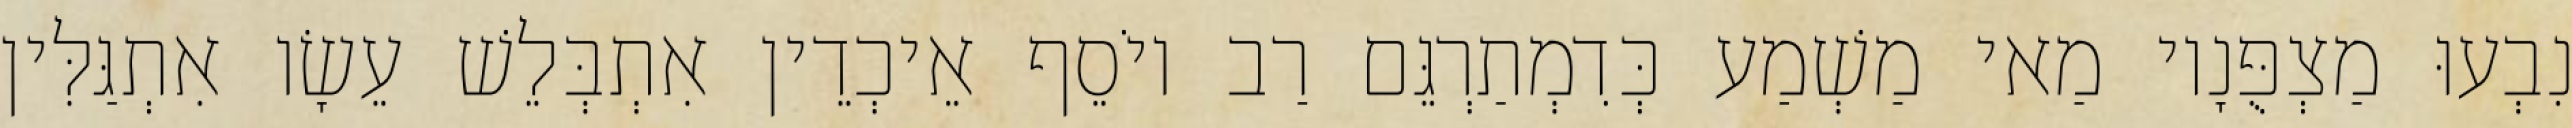
נִבְעוּ מַצְפֻּנָיו מַאי מַשְׁמַע כְּדִמְתַרְגֵּם רַב יוֹסֵף אֵיכְדֵין אִתְבְּלֵשׁ עֵשָׂו אִתְגַּלִּין